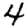
Digit: 4